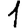
Digit: 1